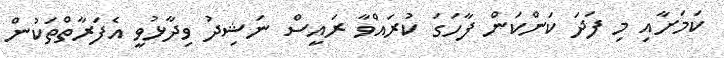
ކަމަށާއި މި ފަދަ ކަންކަން ފާހަގަ ކުރައްވާ ރައީސް ނަޝިދު ވިދާޅުވީ އެފަރާތްތަކުން